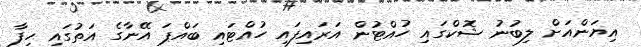
އިޔަންއަށް ލިބުނު ޝޮކްގައި ހުއްޓުން އަރައިފައި ހުއްޓައި ބައްޕަ އޭނާގެ އަތުގައި ހިފާ